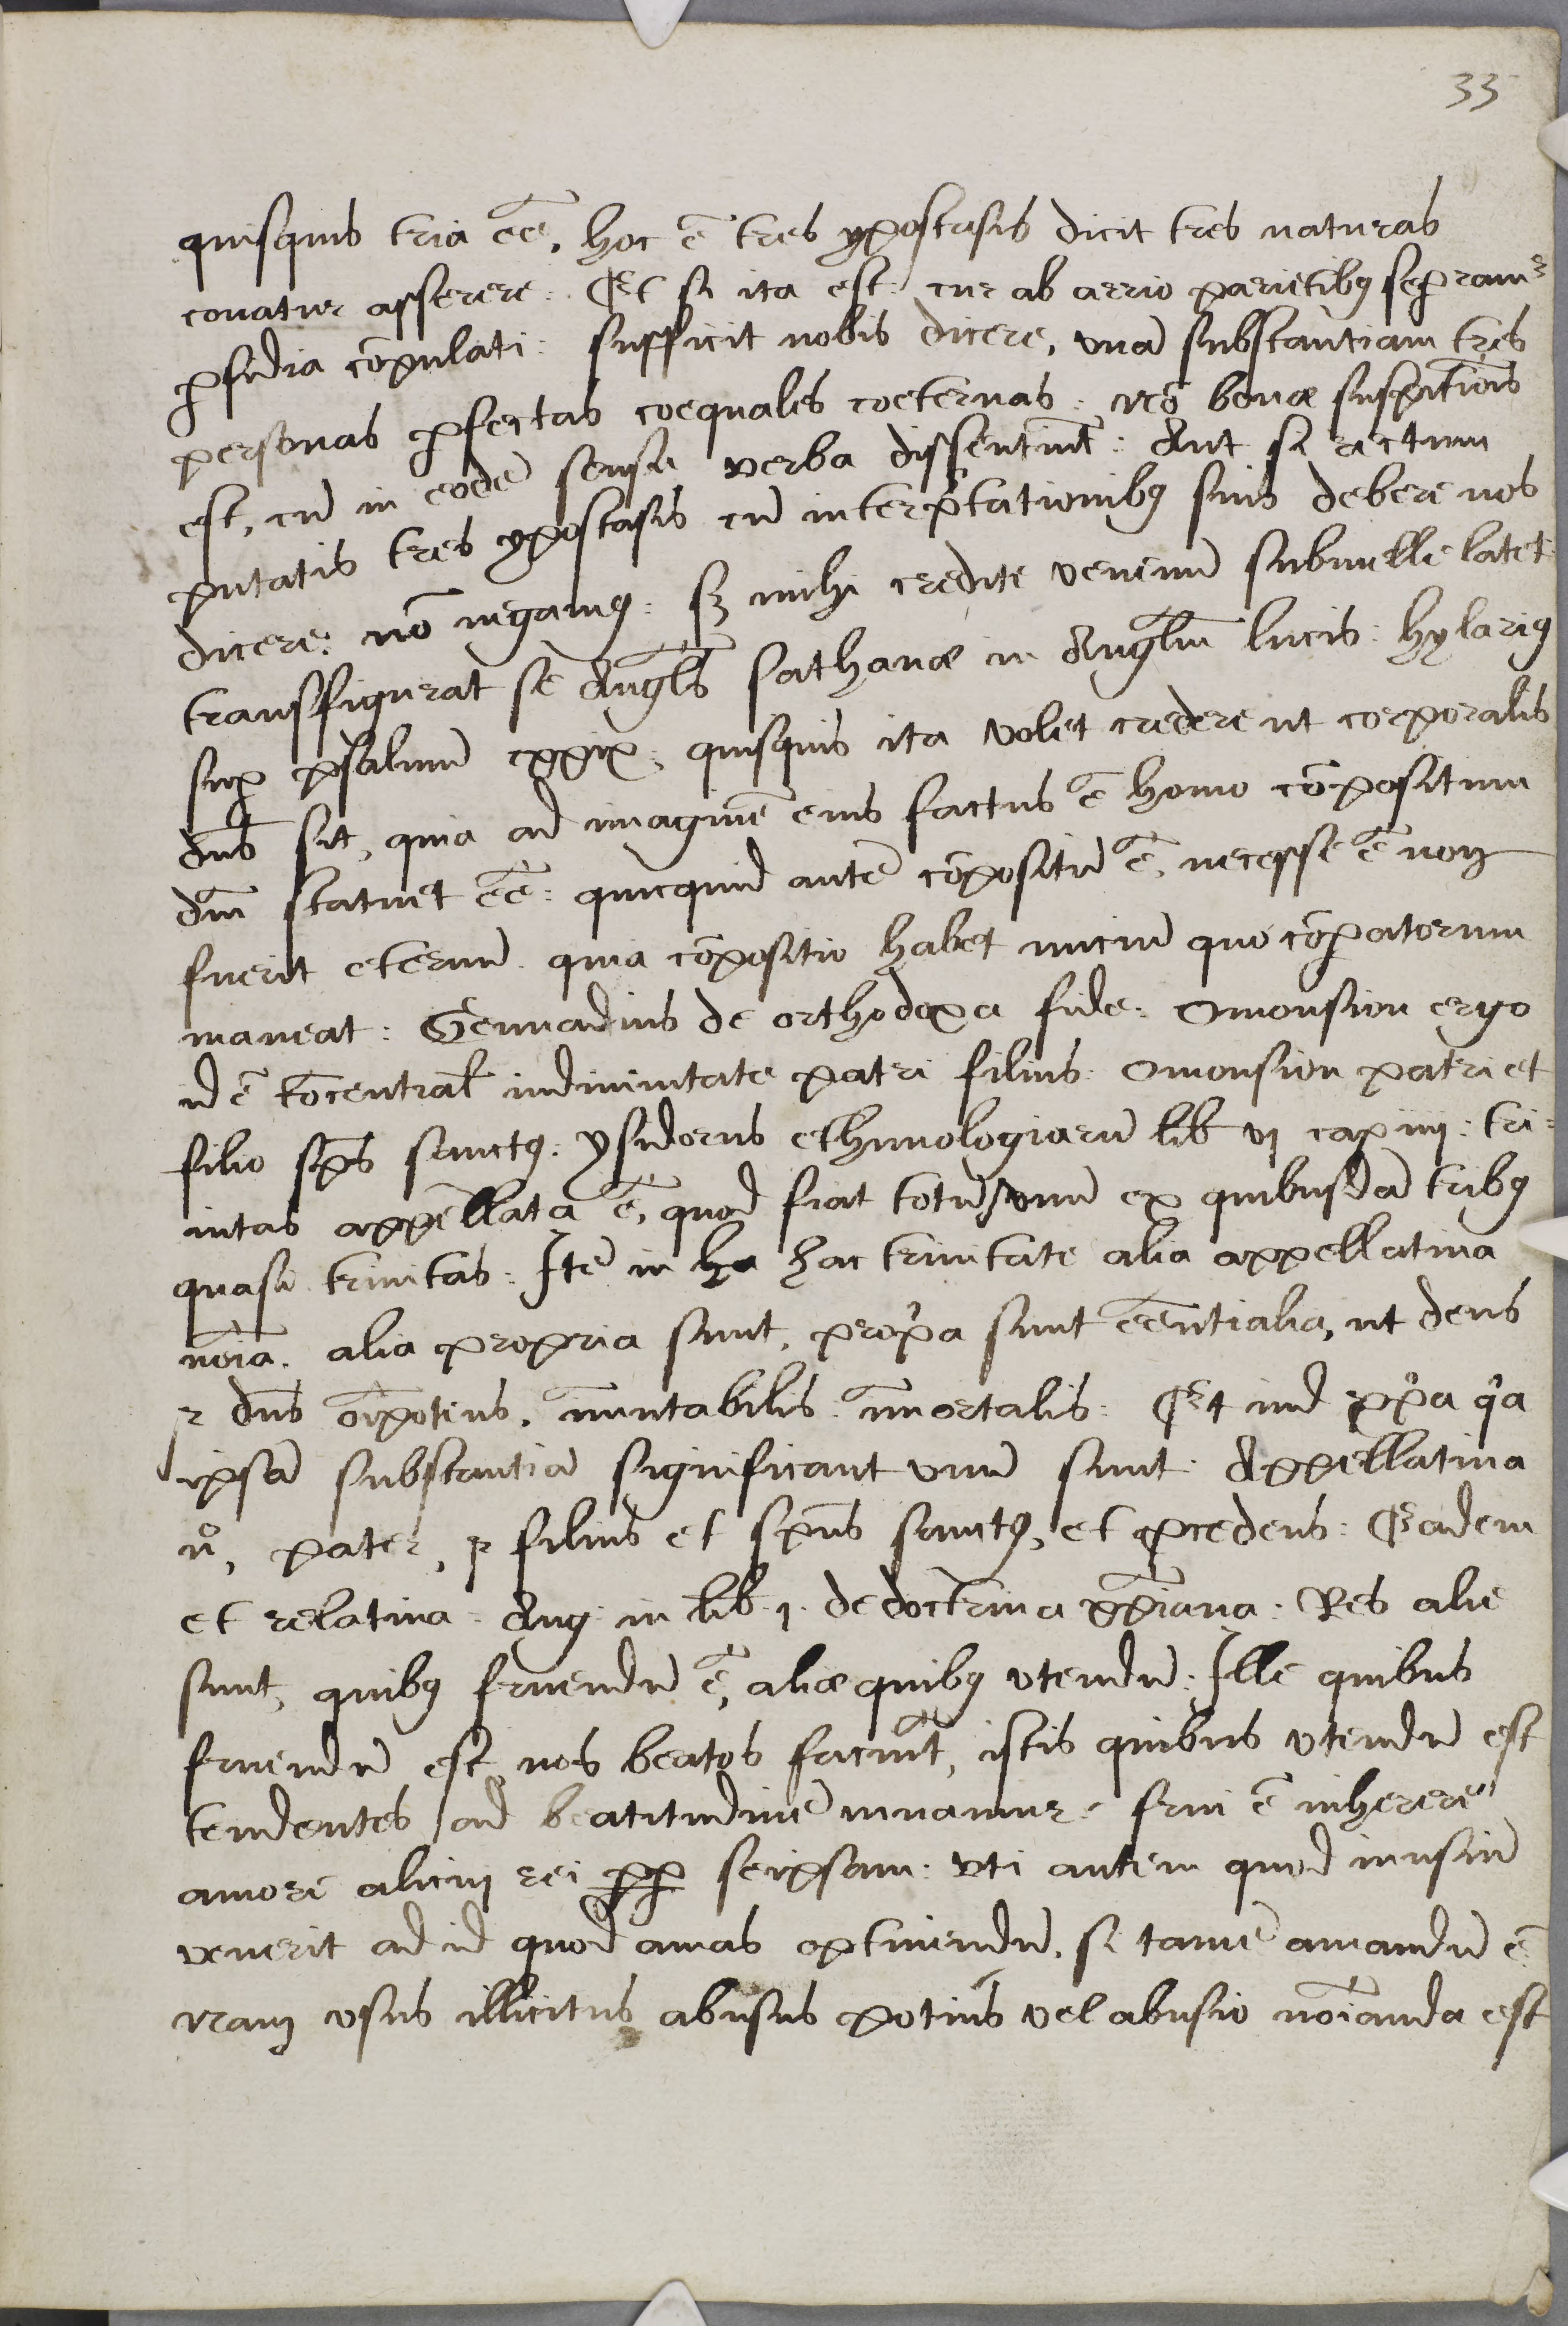
Shelfmark: Cambridge, Corpus Christi College, MS 165
Century: 16